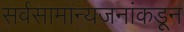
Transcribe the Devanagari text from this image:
सर्वसामान्यजनांकडून